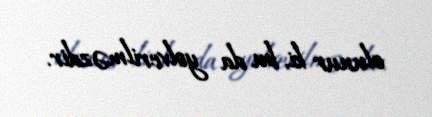
olunur ki, bu da yolverilməzdir.